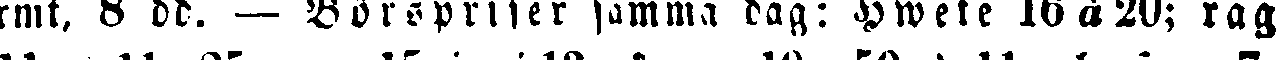
mit, 8 dd. — Börspriser samma dag: Hwete 16 à 20; råg